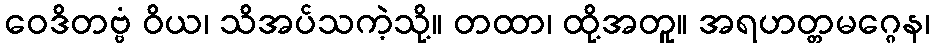
ဝေဒိတဗ္ဗံ ဝိယ၊ သိအပ်သကဲ့သို့။ တထာ၊ ထို့အတူ။ အရဟတ္တမဂ္ဂေန၊